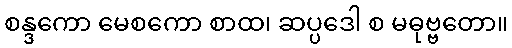
စန္ဒကော မေစကော စာထ၊ ဆပ္ပဒေါ စ မဓုဗ္ဗတော။